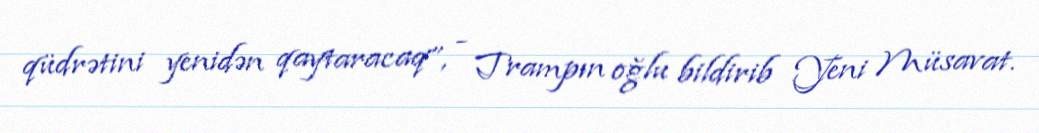
qüdrətini yenidən qaytaracaq”, - Trampın oğlu bildirib Yeni Müsavat.